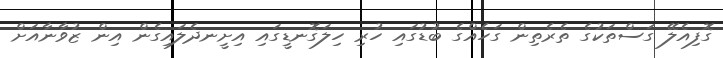
ގޮފިއެލޭ ގަސްތަކުގެ ތެރެތިން ގަހެއްގެ ބުޑުގައި ހުރި ހިލަގޮނޑީގައި އިށީނދެލައިގެން އިން ޒުވާނާއަށް